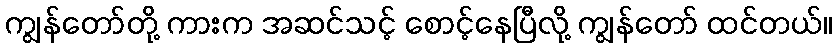
ကျွန်တော်တို့ ကားက အဆင်သင့် စောင့်နေပြီလို့ ကျွန်တော် ထင်တယ်။